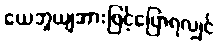
ယေဘူယျအားဖြင့်ပြောရလျှင်